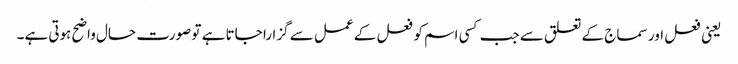
یعنی فعل اور سماج کے تعلق سے جب کسی اسم کو فعل کے عمل سے گزارا جاتا ہے تو صورت حال واضح ہوتی ہے۔